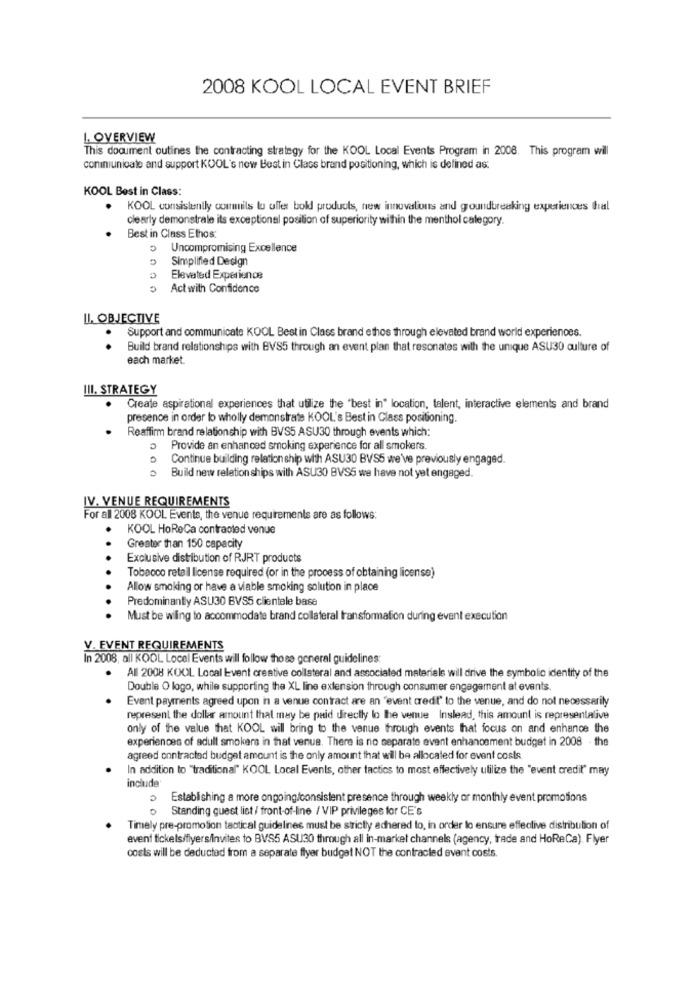
2008 KOOL LOCAL EVENT BRIEF
L OVERVIEW
This document outines the contracting strategy for the KOOL Local Events Program in 2008. This program will
coninunicate and support KOOL's now Best in Class brand positioning, which is defined as
KOOL Best in Class:
KOOL consistently comunils to offer boll products, new innovations and groundbreaking experiences thral
clearly demonstrale its exceptional position of superiority within the menthol category.
Best in Class Ethos
Uncompromising Excellence
Simplified Design
Elevated Experience
Act with Confidence
IL. OBJECTIVE
Support and communicate KOOL Best in Class brand ethos through elevated brand world experiences.
.
Build brand relationships with BVS5 through an event plan that resonates with the unique ASU30 culture of
each market.
III. STRATEGY
Create aspirational experiences that utilize the "best in" location, talent, interactive elements and brand
presence in order to wholly demonstrate KOOL's Best in Class positioning.
Reaffirm brand relationship with BVS5 ASU30 through events which:
Provide an enhanced smoking experience for all smokers.
Continue building relationship with ASU30 BVS5 we've previously engaged.
Build new relation ships with ASU30 BVS5 we have not yet engaged.
IV. VENUE REQUIREMENTS
For all 2008 KOOL Events, the venue requirements are as follows:
KOOL HoReCa contraoled venue
Greater than 150 capacity
Exclusive distribution of RJRT products
Tobacco retail license required (or in the process of obtaining license)
Allow smoking or have a viable smoking solution in place
Predominantly ASU30 BVS5 clientele base
Must be wiling to accommodate brand collateral transformation during event execution
V. EVENT REQUIREMENTS
In 2008, all KOOL Local Events will follow those general guidelines:
All 2008 KOOL Local Event creative collateral and associated materials will drive the symbolic identity of the
Double O logo, while supporting the XL line extension through consumer engagement at events.
Event payments agreed upon in a venue contract are an "event credit" to the venue, and do not necessarily
represent the dollar amount that may be paid directly lo the venue Inslead, this amount is representalive
only of the value that KOOL wil bring to the venue through events that focus on and enhance the
experiences of adult smokers in that venue. There is no separate event enhancement budget in 2008 . the
agreed contracted budget amount is the only amount that will be allocated for event costs.
In addition to "traditional" KOOL Local Events, other tactics to most effectively utilize the "event credit" may
include'
Establishing a more ongoing/consistent presence through weekly or monthly event promotions
Standing guest list / front-of-line / VIP privileges for CE's
Timely pre-promotion tactical guidelines must be strictly adhered lo, in order to ensure effective distribution of
event tickets/flyers/invites to BVS5 ASU30 through all in-market channels (agency, trade and HoReCa). Flyer
costs will be deducted from a separate flyer budget NOT the contracted event costs.